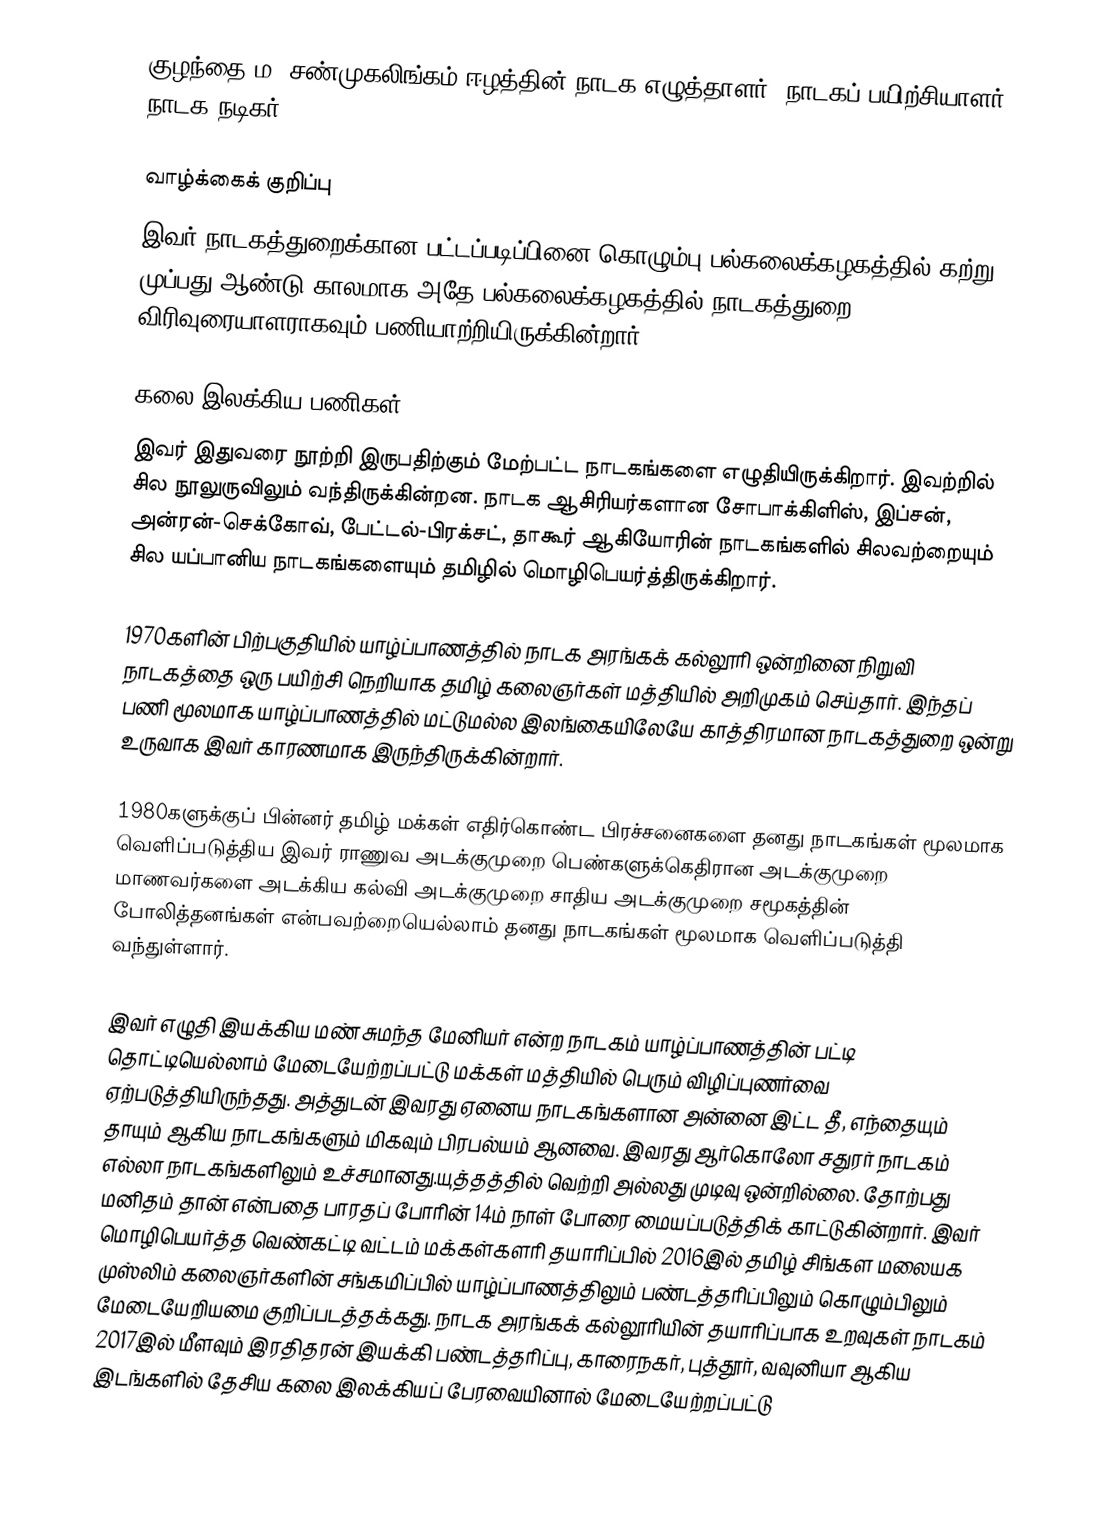
குழந்தை ம. சண்முகலிங்கம் ஈழத்தின் நாடக எழுத்தாளர், நாடகப் பயிற்சியாளர், நாடக நடிகர்.

வாழ்க்கைக் குறிப்பு
இவர் நாடகத்துறைக்கான பட்டப்படிப்பினை கொழும்பு பல்கலைக்கழகத்தில் கற்று முப்பது ஆண்டு காலமாக அதே பல்கலைக்கழகத்தில் நாடகத்துறை விரிவுரையாளராகவும் பணியாற்றியிருக்கின்றார்.

கலை இலக்கிய பணிகள்
இவர் இதுவரை நூற்றி இருபதிற்கும் மேற்பட்ட நாடகங்களை எழுதியிருக்கிறார். இவற்றில் சில நூலுருவிலும் வந்திருக்கின்றன. நாடக ஆசிரியர்களான சோபாக்கிளிஸ், இப்சன், அன்ரன்-செக்கோவ், பேட்டல்-பிரக்சட், தாகூர் ஆகியோரின் நாடகங்களில் சிலவற்றையும் சில யப்பானிய  நாடகங்களையும் தமிழில் மொழிபெயர்த்திருக்கிறார்.

1970களின் பிற்பகுதியில் யாழ்ப்பாணத்தில் நாடக அரங்கக் கல்லூரி ஒன்றினை நிறுவி நாடகத்தை ஒரு பயிற்சி நெறியாக தமிழ் கலைஞர்கள் மத்தியில் அறிமுகம் செய்தார். இந்தப் பணி மூலமாக யாழ்ப்பாணத்தில் மட்டுமல்ல இலங்கையிலேயே காத்திரமான நாடகத்துறை ஒன்று உருவாக இவர் காரணமாக இருந்திருக்கின்றார்.

1980களுக்குப் பின்னர் தமிழ் மக்கள் எதிர்கொண்ட பிரச்சனைகளை தனது நாடகங்கள் மூலமாக வெளிப்படுத்திய இவர் ராணுவ அடக்குமுறை பெண்களுக்கெதிரான அடக்குமுறை மாணவர்களை அடக்கிய கல்வி அடக்குமுறை சாதிய அடக்குமுறை சமூகத்தின் போலித்தனங்கள் என்பவற்றையெல்லாம் தனது நாடகங்கள் மூலமாக வெளிப்படுத்தி வந்துள்ளார்.

இவர் எழுதி இயக்கிய மண் சுமந்த மேனியர் என்ற நாடகம் யாழ்ப்பாணத்தின் பட்டி தொட்டியெல்லாம் மேடையேற்றப்பட்டு மக்கள் மத்தியில் பெரும் விழிப்புணர்வை ஏற்படுத்தியிருந்தது. அத்துடன் இவரது ஏனைய நாடகங்களான அன்னை இட்ட தீ, எந்தையும் தாயும் ஆகிய நாடகங்களும் மிகவும் பிரபல்யம் ஆனவை. இவரது ஆர்கொலோ சதுரர் நாடகம் எல்லா நாடகங்களிலும் உச்சமானது.யுத்தத்தில் வெற்றி அல்லது முடிவு ஒன்றில்லை. தோற்பது மனிதம் தான் என்பதை பாரதப் போரின் 14ம் நாள் போரை மையப்படுத்திக் காட்டுகின்றார். இவர் மொழிபெயர்த்த வெண்கட்டி வட்டம் மக்கள்களரி தயாரிப்பில் 2016இல் தமிழ் சிங்கள மலையக முஸ்லிம் கலைஞர்களின் சங்கமிப்பில் யாழ்ப்பாணத்திலும் பண்டத்தரிப்பிலும் கொழும்பிலும் மேடையேறியமை குறிப்படத்தக்கது. நாடக அரங்கக் கல்லூரியின் தயாரிப்பாக உறவுகள்  நாடகம் 2017இல் மீளவும் இரதிதரன் இயக்கி பண்டத்தரிப்பு, காரைநகர், புத்தூர், வவுனியா ஆகிய இடங்களில் தேசிய கலை இலக்கியப் பேரவையினால் மேடையேற்றப்பட்டு